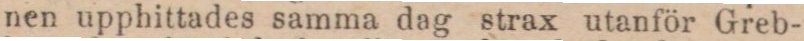
nen upphittades samma dag strax utanför Greb-